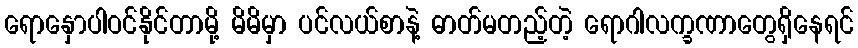
ရောနှောပါဝင်နိုင်တာမို့ မိမိမှာ ပင်လယ်စာနဲ့ ဓာတ်မတည့်တဲ့ ရောဂါလက္ခဏာတွေရှိနေရင်